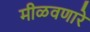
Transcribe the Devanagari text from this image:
मीळवणारे